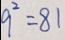
9 ^ { 2 } = 8 1